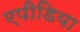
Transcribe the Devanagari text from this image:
एपीडिया